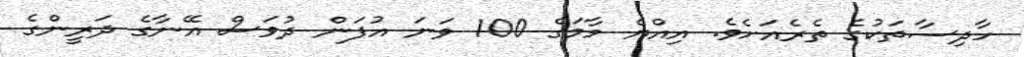
ހާދިސާތަކުގެ ތެރެއަށެވެ. އިއްޔެ މާމަގެ 100 ވަނަ އުފަން ދުވަސް އޭނާގެ ދަރީންގެ